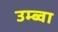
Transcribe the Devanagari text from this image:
उम्ब्वा